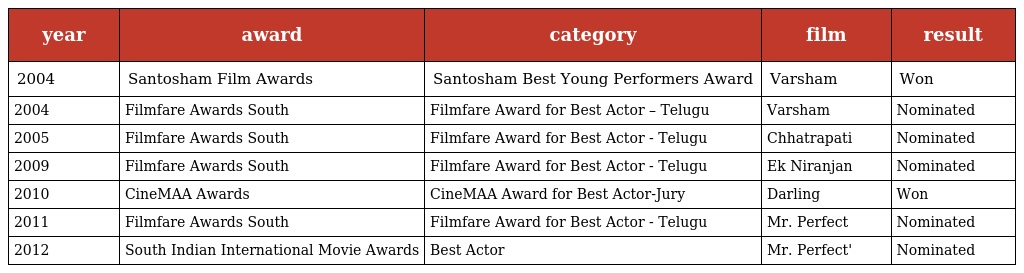
| year | award | category | film | result |
 | --- | --- | --- | --- | --- |
 | 2004 | Santosham Film Awards | Santosham Best Young Performers Award | Varsham | Won |
 | 2004 | Filmfare Awards South | Filmfare Award for Best Actor – Telugu | Varsham | Nominated |
 | 2005 | Filmfare Awards South | Filmfare Award for Best Actor - Telugu | Chhatrapati | Nominated |
 | 2009 | Filmfare Awards South | Filmfare Award for Best Actor - Telugu | Ek Niranjan | Nominated |
 | 2010 | CineMAA Awards | CineMAA Award for Best Actor-Jury | Darling | Won |
 | 2011 | Filmfare Awards South | Filmfare Award for Best Actor - Telugu | Mr. Perfect | Nominated |
 | 2012 | South Indian International Movie Awards | Best Actor | Mr. Perfect' | Nominated |